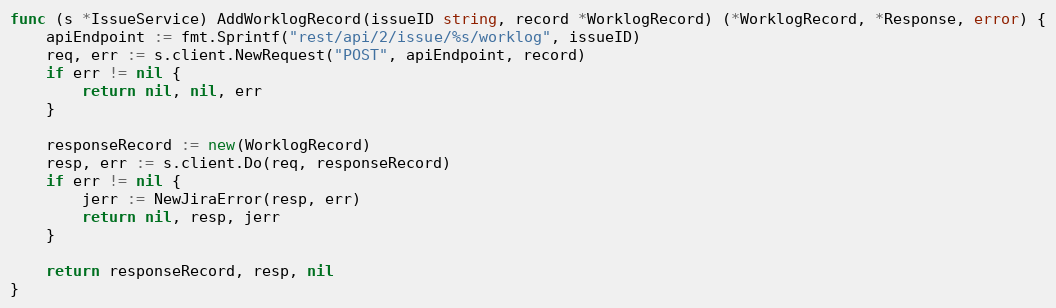
Language: Go
func (s *IssueService) AddWorklogRecord(issueID string, record *WorklogRecord) (*WorklogRecord, *Response, error) {
	apiEndpoint := fmt.Sprintf("rest/api/2/issue/%s/worklog", issueID)
	req, err := s.client.NewRequest("POST", apiEndpoint, record)
	if err != nil {
		return nil, nil, err
	}

	responseRecord := new(WorklogRecord)
	resp, err := s.client.Do(req, responseRecord)
	if err != nil {
		jerr := NewJiraError(resp, err)
		return nil, resp, jerr
	}

	return responseRecord, resp, nil
}